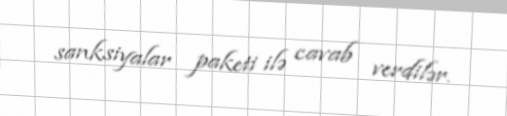
sanksiyalar paketi ilə cavab verdilər.